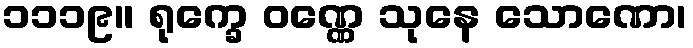
၁၁၁၉။ ရုက္ခေ ဝဏ္ဏေ သုနေ သောဏော၊